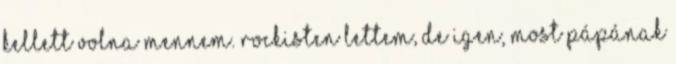
kellett volna mennem. Rockisten lettem, de igen, most pápának